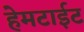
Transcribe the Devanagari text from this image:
हेमटाईट